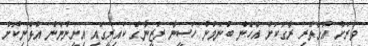
ވަރަށް އޮގާތެރި ރާގަކަށް އެހެން ބުނަމުން ހަސީނާ ރަޒީނާގެ ކައިރީގައި އިށީންނަން އުޅެނިކޮށް